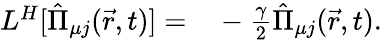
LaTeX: \begin{array}{rl}{L^{H}[\hat{\Pi}_{\mu j}(\vec{r},t)]=}&{{}-\frac{\gamma}{2}\hat{\Pi}_{\mu j}(\vec{r},t).}\end{array}